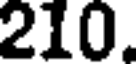
210.